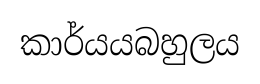
කාර්යයබහුලය